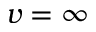
v = \infty